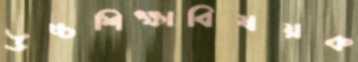
উচ্চশিক্ষাবিষয়ক